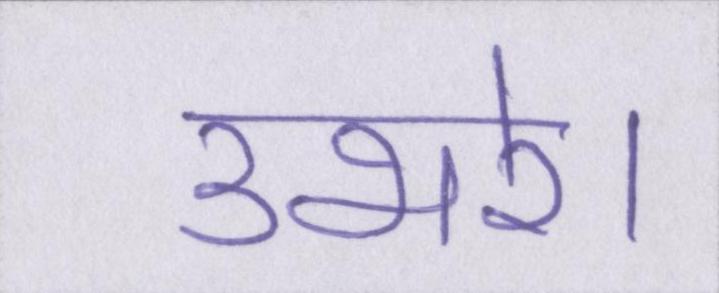
उभरे।